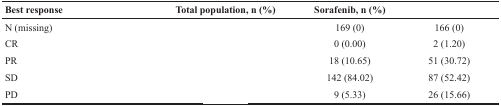
<table><thead><tr><td><b>Best response</b></td><td><b>Total population, n (%)</b></td><td><b>Sorafenib, n (%)</b></td><td>[EMPTY_CELL]</td></tr></thead><tbody><tr><td>N (missing)</td><td>[EMPTY_CELL]</td><td>169 (0)</td><td>166 (0)</td></tr><tr><td>CR</td><td>[EMPTY_CELL]</td><td>0 (0.00)</td><td>2 (1.20)</td></tr><tr><td>PR</td><td>[EMPTY_CELL]</td><td>18 (10.65)</td><td>51 (30.72)</td></tr><tr><td>SD</td><td>[EMPTY_CELL]</td><td>142 (84.02)</td><td>87 (52.42)</td></tr><tr><td>PD</td><td>[EMPTY_CELL]</td><td>9 (5.33)</td><td>26 (15.66)</td></tr></tbody></table>